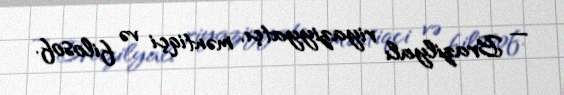
— Brazilyalı riyaziyyatçı, məntiqçi və filosof.